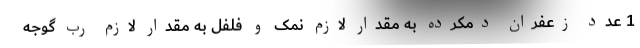
1 عدد زعفران دمکرده به مقدار لازم نمک و فلفل به مقدار لازم رب گوجه